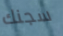
سجنك